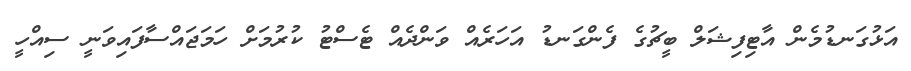
އަޅުގަނޑުމެން އާޓިފިޝަލް ބީޗުގެ ފެންގަނޑު އަހަރެއް ވަންދެއް ޓެސްޓު ކުރުމަށް ހަމަޖައްސާފައިވަނީ ސިއްހީ